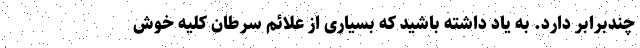
چندبرابر دارد. به یاد داشته باشید که بسیاری از علائم سرطان کلیه خوش